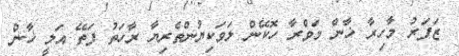
ޒަފަރު މާހިރާ ޚާން މަވްރާ ހޮކޭން ލަވަކިޔުންތެރިޔާ ރާހަތު ފަތޭ އަލީ ޚާން